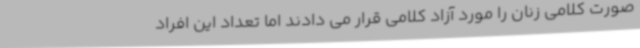
صورت کلامی زنان را مورد آزاد کلامی قرار می دادند اما تعداد این افراد